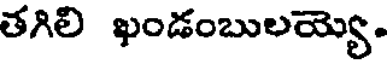
తగిలి ఖండంబులయ్యె.